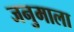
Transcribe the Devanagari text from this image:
जनुमाला